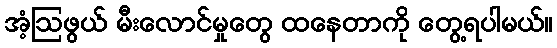
အံ့ဩဖွယ် မီးလောင်မှုတွေ ထနေတာကို တွေ့ရပါမယ်။